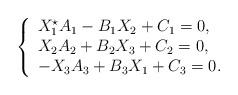
LaTeX: \begin{align*} \left\{ \begin{array}{l} X_1^\star A_1 - B_1X_2+ C_1 = 0,\\ X_2A_2 + B_2 X_3 + C_2 = 0,\\ -X_3A_3+ B_3X_1+ C_3 = 0. \end{array} \right.\end{align*}